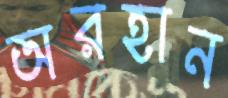
অরহান